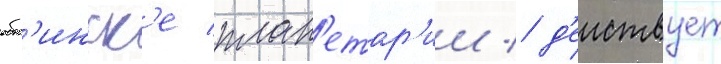
обн'инск'е план'етар'ии / д'еиствует